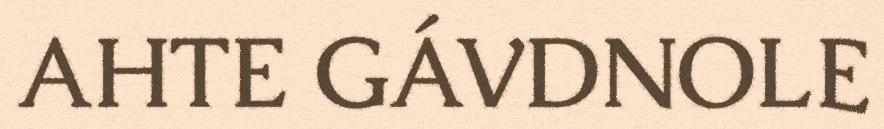
AHTE GÁVDNOLE